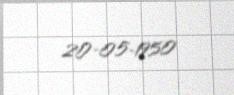
20-05-1950